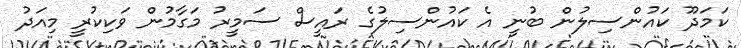
ކަމަދޫ ކައުންސިލުން ބުނީ އެ ކައުންސިލުގެ ރައީސް ސަމީރު މަގާމުން ވަކިކުރީ މިއަދު